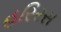
હરિરસ